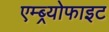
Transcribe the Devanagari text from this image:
एम्ब्र्योफाइट